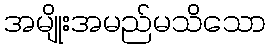
အမျိုးအမည်မသိသော